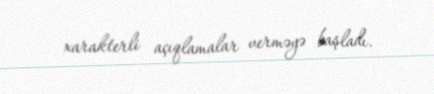
xarakterli açıqlamalar verməyə başladı.